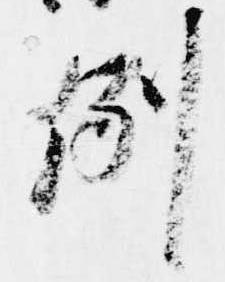
例